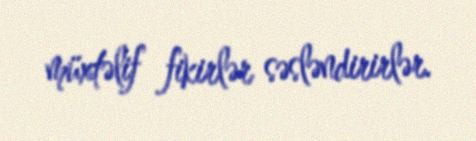
müxtəlif fikirlər səsləndirirlər.